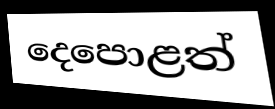
දෙපොළත්